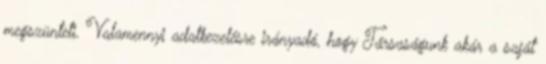
megszünteti. Valamennyi adatkezelésre irányadó, hogy Társaságunk akár a saját